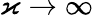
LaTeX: \varkappa\to\infty